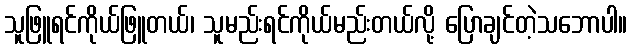
သူဖြူရင်ကိုယ်ဖြူတယ်၊ သူမည်းရင်ကိုယ်မည်းတယ်လို့ ပြောချင်တဲ့သဘောပါ။